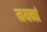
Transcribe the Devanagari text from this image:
नयनां